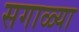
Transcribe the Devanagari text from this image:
सगाळ्या